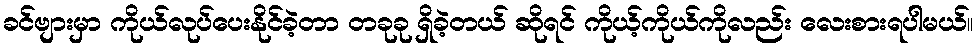
ခင်ဗျားမှာ ကိုယ်လုပ်ပေးနိုင်ခဲ့တာ တခုခု ရှိခဲ့တယ် ဆိုရင် ကိုယ့်ကိုယ်ကိုလည်း လေးစားရပါမယ်။